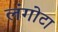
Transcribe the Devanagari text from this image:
लंगोटा